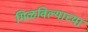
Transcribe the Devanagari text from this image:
मिळविल्याच्या